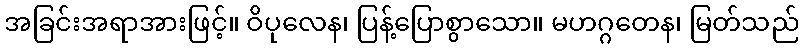
အခြင်းအရာအားဖြင့်။ ဝိပုလေန၊ ပြန့်ပြောစွာသော။ မဟဂ္ဂတေန၊ မြတ်သည်